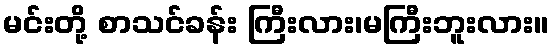
မင်းတို့ စာသင်ခန်း ကြီးလား၊မကြီးဘူးလား။